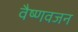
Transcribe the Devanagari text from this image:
वैष्णवजन